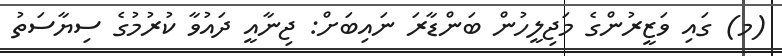
(މ) ގައި ވަޒީރުންގެ މަޖިލީހުން ބަންޑާރަ ނައިބަށް: ޖިނާއީ ދައުވާ ކުރުމުގެ ސިޔާސަތު